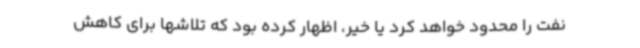
نفت را محدود خواهد کرد یا خیر، اظهار کرده بود که تلاشها برای کاهش